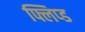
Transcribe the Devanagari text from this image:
फ्लिप्ड